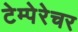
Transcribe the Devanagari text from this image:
टेम्पेरेचर